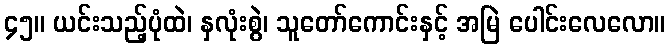
၄၅။ ယင်းသည့်ပုံထဲ၊ နှလုံးစွဲ၊ သူတော်ကောင်းနှင့် အမြဲ ပေါင်းလေလော။